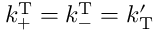
k _ { \mathrm { + } } ^ { \mathrm { T } } = k _ { \mathrm { - } } ^ { \mathrm { T } } = k _ { \mathrm { T } } ^ { \prime }